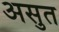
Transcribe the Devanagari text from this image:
असुत